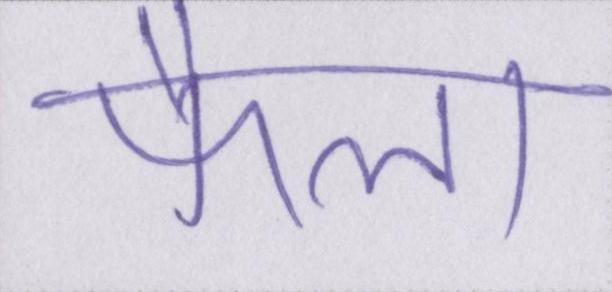
फैला